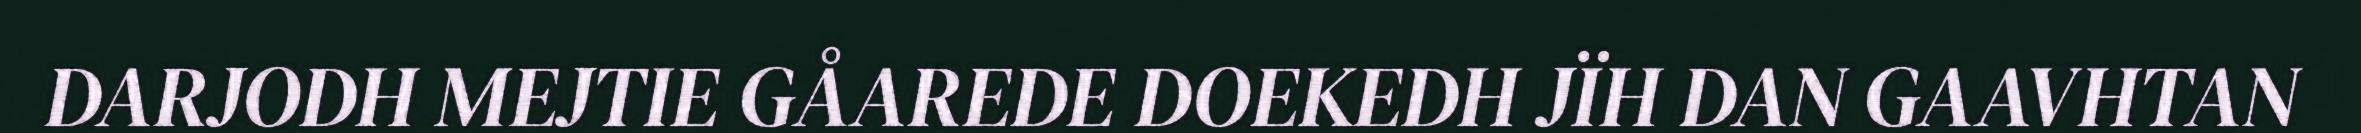
DARJODH MEJTIE GÅAREDE DOEKEDH JÏH DAN GAAVHTAN